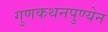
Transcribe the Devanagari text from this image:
गुणकथनपुण्येन